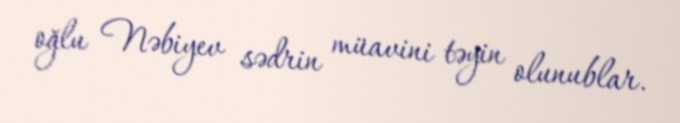
oğlu Nəbiyev sədrin müavini təyin olunublar.